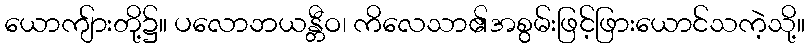
ယောကျ်ားတို့၌။ ပလောဘယန္တီဝ၊ ကိလေသာ၏အစွမ်းဖြင့်ဖြားယောင်သကဲ့သို့။